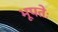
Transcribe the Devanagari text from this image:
भूपतेः